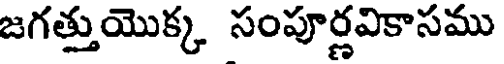
జగత్తుయొక్క సంపూర్ణవికాసము